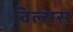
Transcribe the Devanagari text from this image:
विल्संस